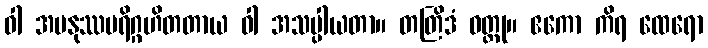
ဝါ အမနုဿပရိဂ္ဂဟိတတာယ ဝါ အသပ္ပါယတာ။ တတြိဒံ ဝတ္ထု။ ဧကော ကိရ ထေရော